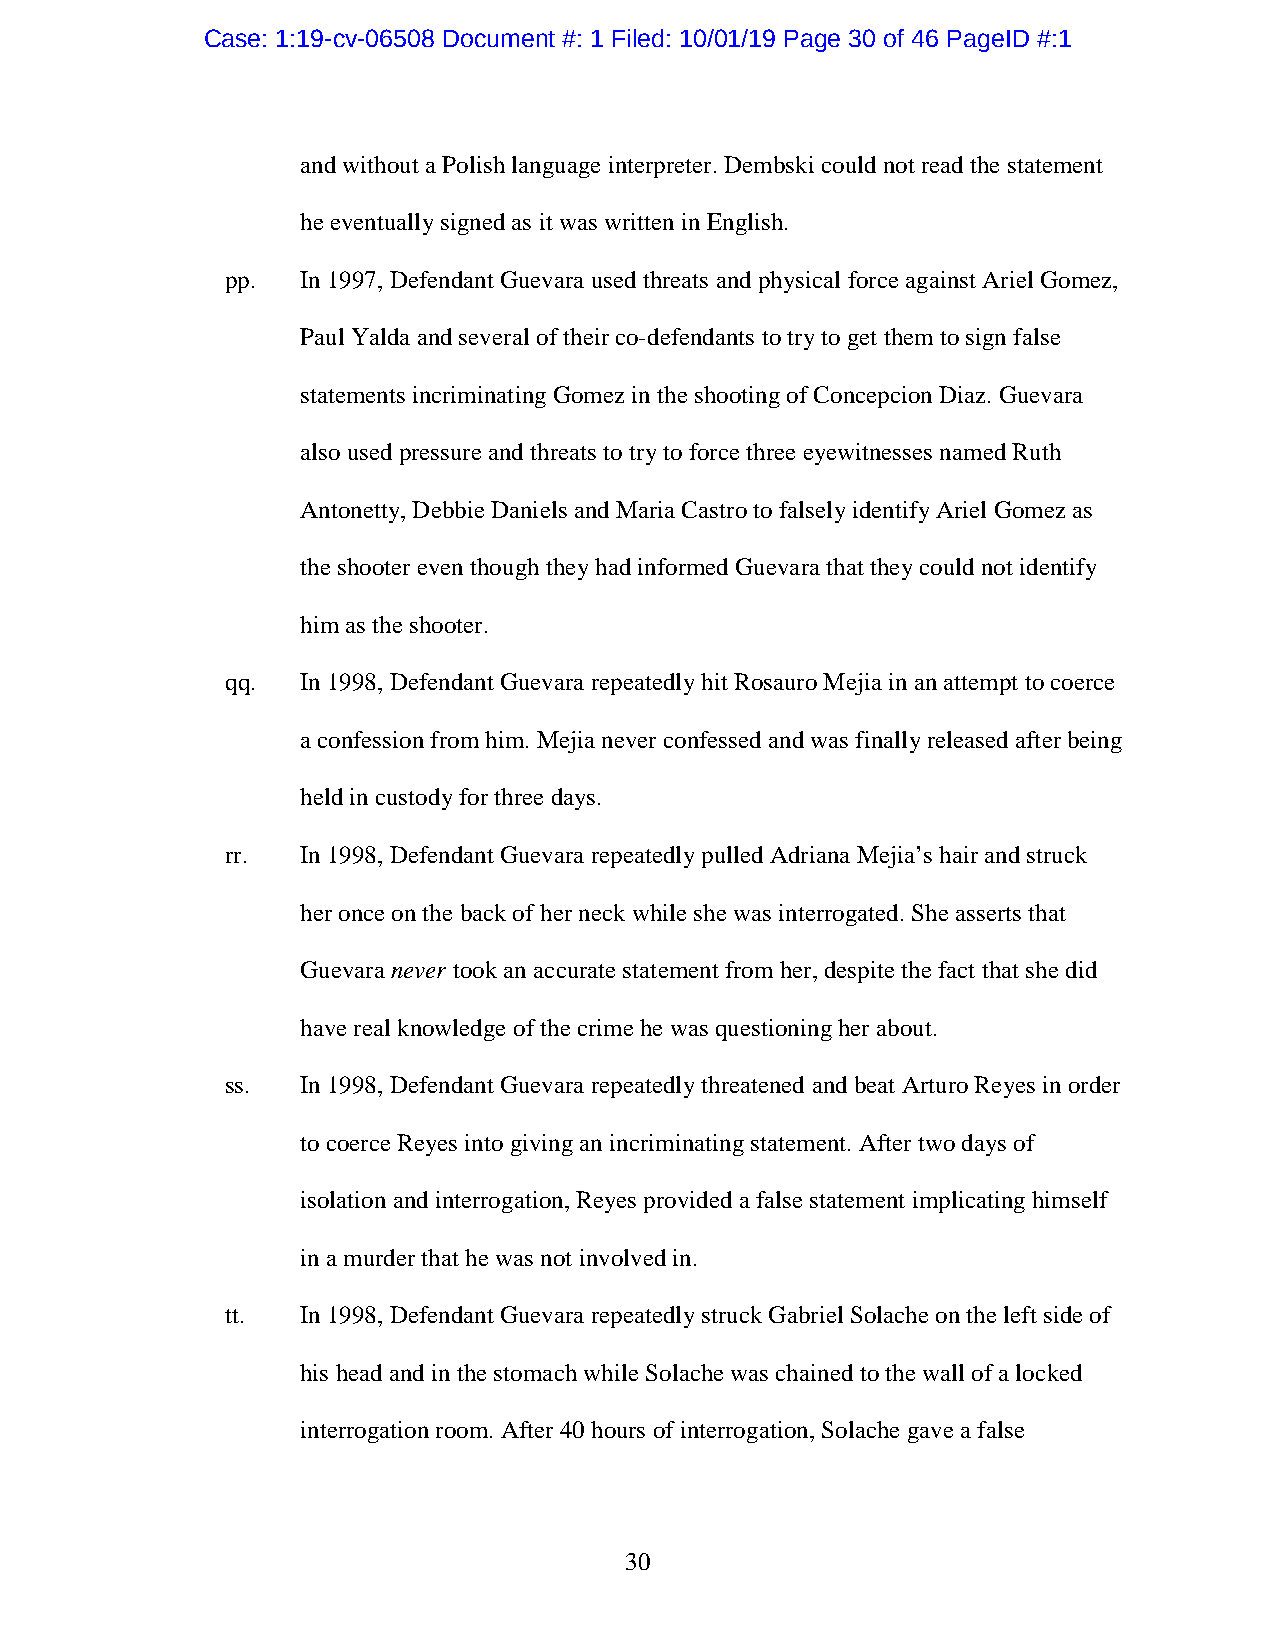
Case: 1:19-cv-06508 Document #: 1 Filed: 10/01/19 Page 30 of 46 PageID #:1
 and without a Polish language interpreter. Dembski could not read the statement
 he eventually signed as it was written in English.
 pp.  In 1997, Defendant Guevara used threats and physical force against Ariel Gomez,
 Paul Yalda and several of their co-defendants to try to get them to sign false
 statements incriminating Gomez in the shooting of Concepcion Diaz. Guevara
 also used pressure and threats to try to force three eyewitnesses named Ruth
 Antonetty, Debbie Daniels and Maria Castro to falsely identify Ariel Gomez as
 the shooter even though they had informed Guevara that they could not identify
 him as the shooter.
 qq.  In 1998, Defendant Guevara repeatedly hit Rosauro Mejia in an attempt to coerce
 a confession from him. Mejia never confessed and was finally released after being
 held in custody for three days.
 rr.  In 1998, Defendant Guevara repeatedly pulled Adriana Mejia’s hair and struck
 her once on the back of her neck while she was interrogated. She asserts that
 Guevara never took an accurate statement from her, despite the fact that she did
 have real knowledge of the crime he was questioning her about.
 ss.  In 1998, Defendant Guevara repeatedly threatened and beat Arturo Reyes in order
 to coerce Reyes into giving an incriminating statement. After two days of
 isolation and interrogation, Reyes provided a false statement implicating himself
 in a murder that he was not involved in.
 tt.  In 1998, Defendant Guevara repeatedly struck Gabriel Solache on the left side of
 his head and in the stomach while Solache was chained to the wall of a locked
 interrogation room. After 40 hours of interrogation, Solache gave a false
 30